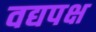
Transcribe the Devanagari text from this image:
वद्यपक्ष